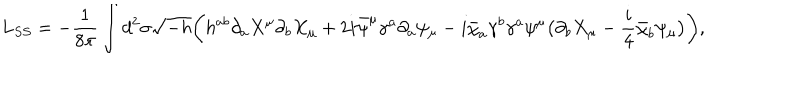
L _ { S S } = - { \frac { 1 } { 8 \pi } } \int d ^ { 2 } \sigma \sqrt { - h } \bigg ( h ^ { a b } \partial _ { a } X ^ { \mu } \partial _ { b } X _ { \mu } + 2 i \bar { \psi } ^ { \mu } \gamma ^ { a } \partial _ { a } \psi _ { \mu } - i \bar { \chi } _ { a } \gamma ^ { b } \gamma ^ { a } \psi ^ { \mu } \big ( \partial _ { b } X _ { \mu } - { \frac { i } { 4 } } \bar { \chi } _ { b } \psi _ { \mu } \big ) \bigg ) ,